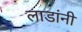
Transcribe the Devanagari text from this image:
लाडांनी